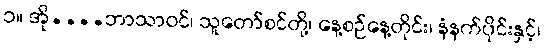
၁။ အို....ဘာသာဝင်၊ သူတော်စင်တို့၊ နေ့စဉ်နေ့တိုင်း၊ နံနက်ပိုင်းနှင့်၊